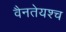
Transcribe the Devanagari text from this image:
वैनतेयश्च